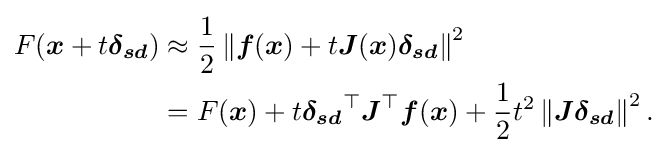
{\begin{aligned}F({\boldsymbol {x}}+t{\boldsymbol {\delta _{sd}}})&\approx {\frac {1}{2}}\left\|{\boldsymbol {f}}({\boldsymbol {x}})+t{\boldsymbol {J}}({\boldsymbol {x}}){\boldsymbol {\delta _{sd}}}\right\|^{2}\\&=F({\boldsymbol {x}})+t{\boldsymbol {\delta _{sd}}}^{\top }{\boldsymbol {J}}^{\top }{\boldsymbol {f}}({\boldsymbol {x}})+{\frac {1}{2}}t^{2}\left\|{\boldsymbol {J}}{\boldsymbol {\delta _{sd}}}\right\|^{2}.\end{aligned}}